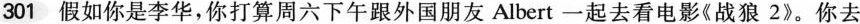
301假如你是李华，你打算周六下午跟外国朋友Albert一起去看电影《战狼2》。你去